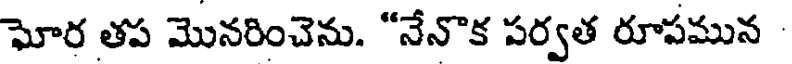
ఘోర తప మొనరించెను. "నేనొక పర్వత రూపమున